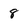
Character: 8